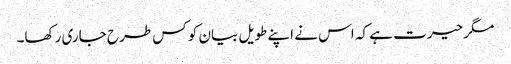
مگر حیرت ہے کہ اس نے اپنے طویل بیان کو کس طرح جاری رکھا۔